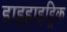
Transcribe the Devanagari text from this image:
डाइहाइड्रिक